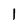
Character: 1